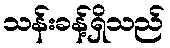
သန်းခန့်ရှိသည်